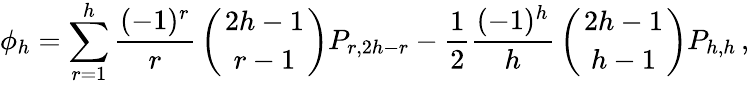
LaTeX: \phi_{h}=\sum_{r=1}^{h}{\frac{(-1)^{r}}{r}}\left({2h-1\atop r-1}\right)P_{r,2h-r}-{\frac{1}{2}}{\frac{(-1)^{h}}{h}}\left({2h-1\atop h-1}\right)P_{h,h}\, ,